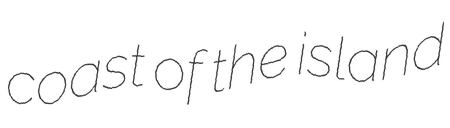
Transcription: coast of the island